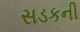
સડકની